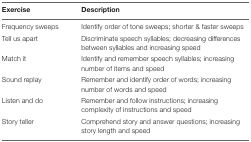
| Exercise | Description |
 | --- | --- |
 | Frequency sweeps | Identify order of tone sweeps; shorter & faster sweeps |
 | Tell us apart | Discriminate speech syllables; decreasing differences between syllables and increasing speed |
 | Match it | Identify and remember speech syllables; increasing number of items and speed |
 | Sound replay | Remember and identify order of words; increasing number of words and speed |
 | Listen and do | Remember and follow instructions; increasing complexity of instructions and speed |
 | Story teller | Comprehend story and answer questions; increasing story length and speed |